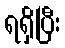
ရရှိပြီး